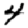
Digit: 4